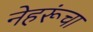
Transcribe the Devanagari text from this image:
नेहरूंचा